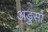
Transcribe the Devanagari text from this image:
अडुसा